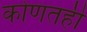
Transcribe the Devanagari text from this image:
कोणतही